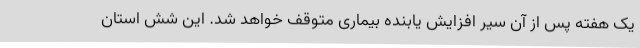
یک هفته پس از آن سیر افزایش یابنده بیماری متوقف خواهد شد. این شش استان